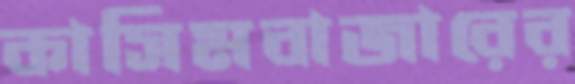
কাসিমবাজারের